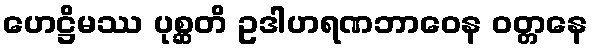
ဟေဋ္ဌိမဿ ပုစ္ဆတိ ဥဒါဟရဏဘာဝေန ဝတ္တနေ